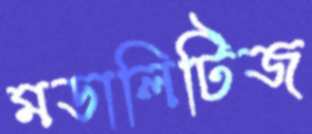
মডালিটিজ